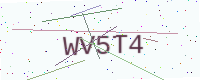
Text: WV5T4